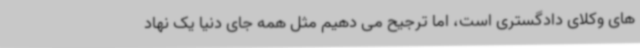
های وکلای دادگستری است، اما ترجیح می دهیم مثل همه جای دنیا یک نهاد